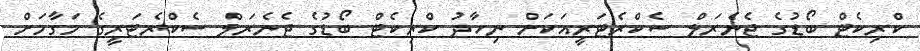
ކްރިކެޓް ބޯޑުގެ ޖެނެރަލް ސެކްރެޓަރީއަކަށް ނިހާދު ކްރިކެޓް ބޯޑުގެ ޖެނެރަލް ސެކްރެޓަރީގެ މަގާމަށް